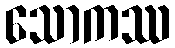
သောကဿ